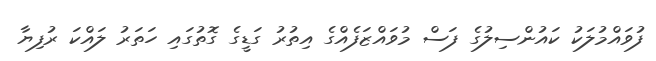
ފުވައްމުލަކު ކައުންސިލުގެ ފަސް މުވައްޒަފެއްގެ އިތުރު ގަޑީގެ ގޮތުގައި ހަތަރު ލައްކަ ރުފިޔާ